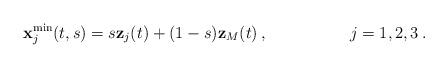
LaTeX: \begin{align*}{\bf x}_j^{\rm min} (t,s) =s {\bf z}_j (t) + (1-s) {\bf z}_{M}(t)\> ,\ \ \ \qquad \qquad j=1,2,3 \> .\end{align*}